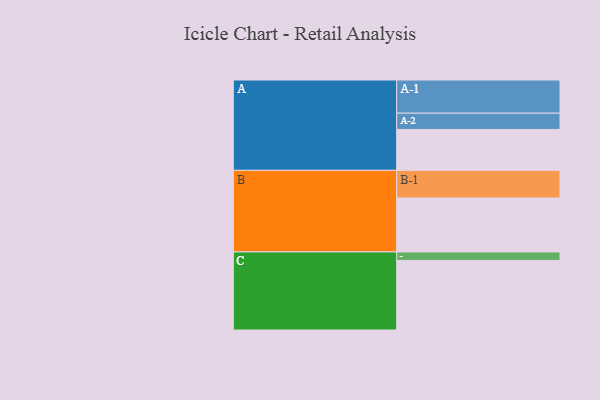
{"axis": {"x": "Segment", "y": "Value"}, "legend": ["", "A", "B", "C"], "data": [{"x": "A", "y": 327, "type": ""}, {"x": "B", "y": 431, "type": ""}, {"x": "C", "y": 556, "type": ""}, {"x": "A-1", "y": 265, "type": "A"}, {"x": "A-2", "y": 130, "type": "A"}, {"x": "B-1", "y": 221, "type": "B"}, {"x": "C-1", "y": 68, "type": "C"}]}